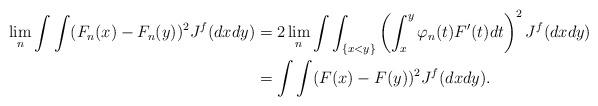
LaTeX: \begin{align*}\lim_n \int\int(F_n(x)-F_n(y))^2J^f(dxdy)&=2\lim_n\int\int_{\left\lbrace x<y\right\rbrace}\left(\int_x^y\varphi_n(t)F'(t)dt\right)^2J^f(dxdy)\\&=\int\int(F(x)-F(y))^2J^f(dxdy).\end{align*}